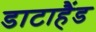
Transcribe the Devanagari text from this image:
डाटाहैंड